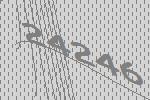
24246